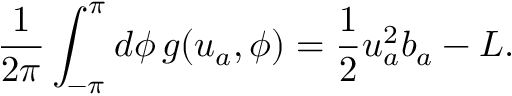
\frac { 1 } { 2 \pi } \int _ { - \pi } ^ { \pi } d \phi \, g ( u _ { a } , \phi ) = \frac { 1 } { 2 } u _ { a } ^ { 2 } b _ { a } - L .